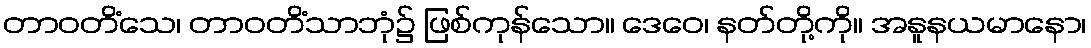
တာဝတိံသေ၊ တာဝတိံသာဘုံ၌ ဖြစ်ကုန်သော။ ဒေဝေ၊ နတ်တို့ကို။ အနူနယမာနော၊